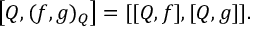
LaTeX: \left[ Q , ( f , g ) _ { Q } \right] = [ [ Q , f ] , [ Q , g ] ] .